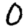
Digit: 0